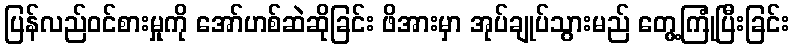
ပြန်လည်ဝင်စားမှုကို အော်ဟစ်ဆဲဆိုခြင်း ဖိအားမှာ အုပ်ချုပ်သွားမည် တွေ့ကြုံပြီးခြင်း